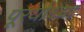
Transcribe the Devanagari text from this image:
पूरयोध्या